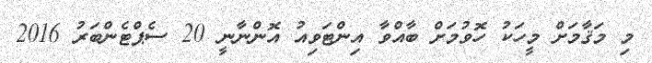
މި މަޤާމަށް މީހަކު ހޮވުމަށް ބާއްވާ އިންޓަވިއު އޮންނާނީ 20 ސެޕްޓެންބަރު 2016